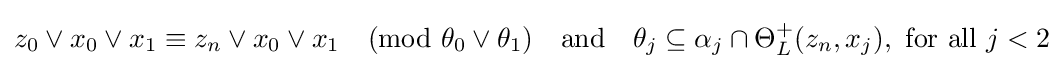
z_{0}\vee x_{0}\vee x_{1}\equiv z_{n}\vee x_{0}\vee x_{1}{\pmod {\theta _{0}\vee \theta _{1}}}\quad {\text{and}}\quad \theta _{j}\subseteq \alpha _{j}\cap \Theta _{L}^{+}(z_{n},x_{j}),{\text{ for all }}j<2